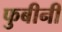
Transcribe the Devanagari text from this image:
फुबीनी